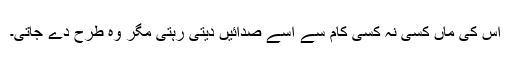
اس کی ماں کسی نہ کسی کام سے اسے صدائیں دیتی رہتی مگر وہ طرح دے جاتی۔